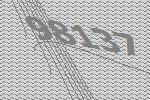
98137